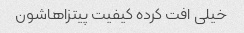
خیلی افت کرده کیفیت پیتزاهاشون